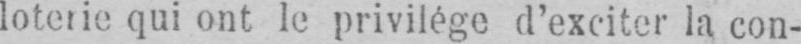
loterie qui ont le privilège d’exciter la con-